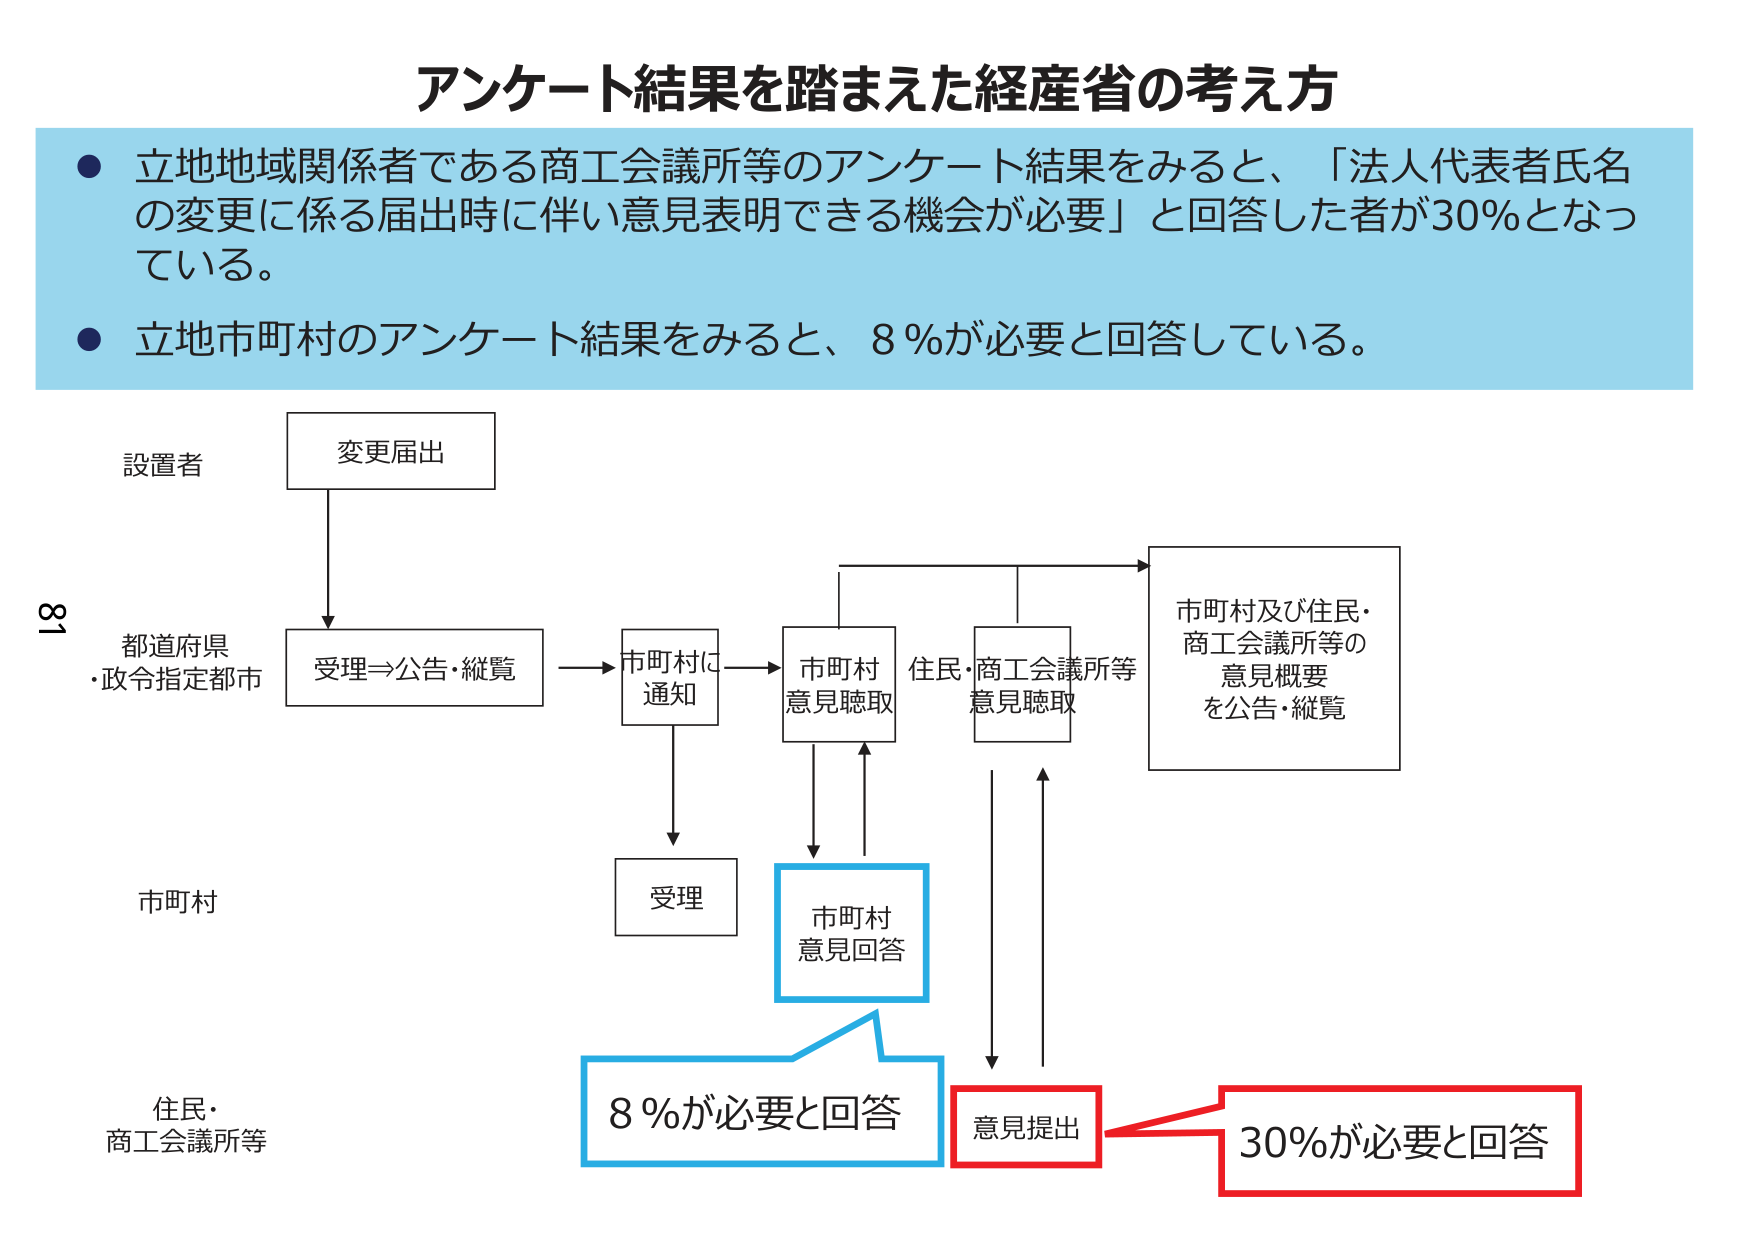
アンケート結果を踏まえた経産省の考え方

● 立地地域関係者である商工会議所等のアンケート結果をみると、「法人代表者氏名の変更に係る届出時に伴い意見表明できる機会が必要」と回答した者が30％となっている。

● 立地市町村のアンケート結果をみると、8％が必要と回答している。

設置者
変更届出

都道府県
・政令指定都市
受理⇒公告・縦覧

市町村に
通知

市町村
意見聴取

住民・商工会議所等
意見聴取

市町村及び住民・
商工会議所等の
意見概要
を公告・縦覧

市町村
受理

市町村
意見回答

住民・
商工会議所等

8％が必要と回答

意見提出

30％が必要と回答